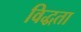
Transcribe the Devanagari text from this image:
विद्धता